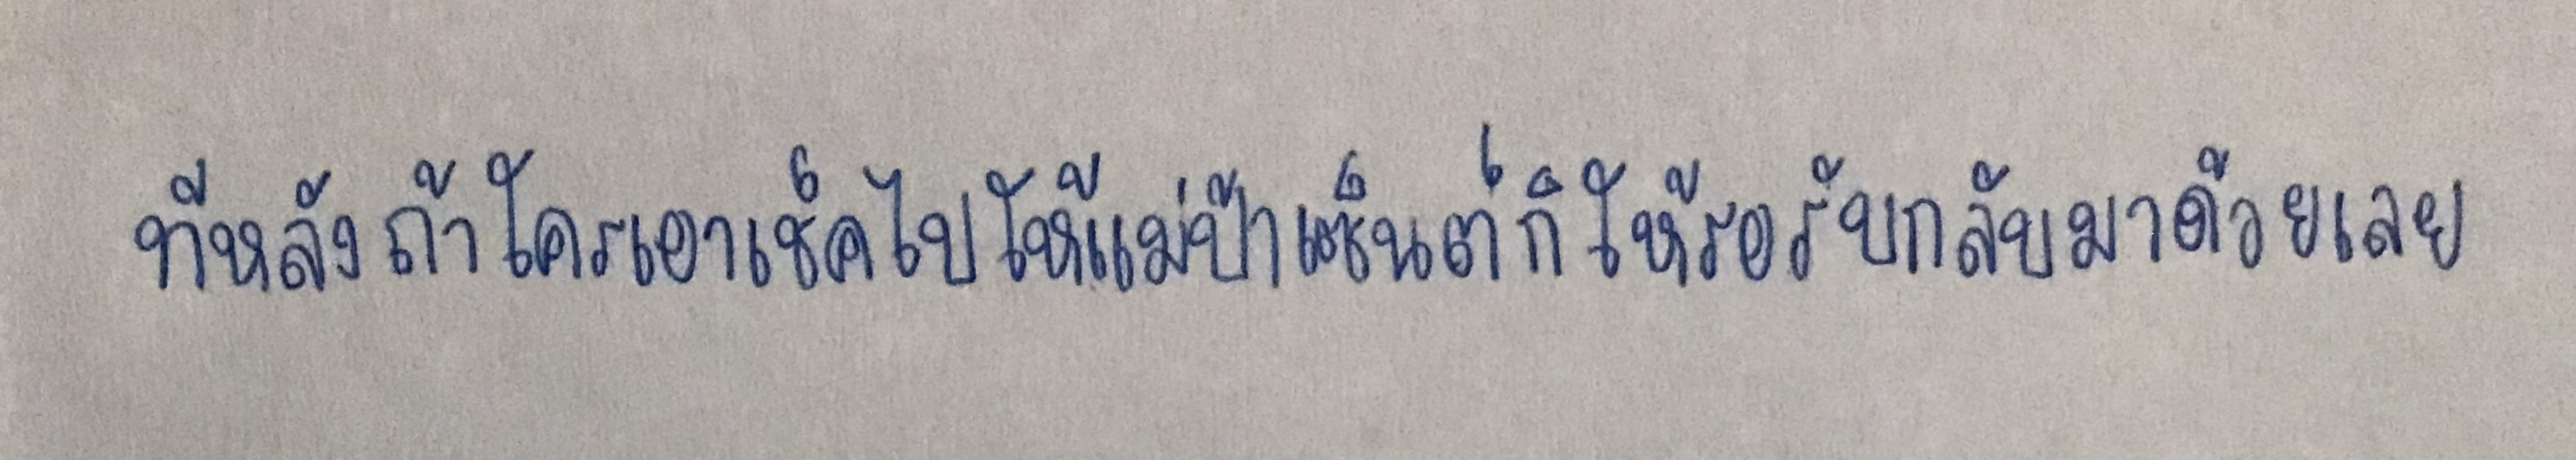
ทีหลังถ้าใครเอาเช็คไปให้แม่ป้าเซ็นต์ก็ให้รอรับกลับมาด้วยเลย